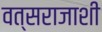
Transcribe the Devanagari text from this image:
वत्सराजाशी